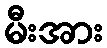
မီးအား